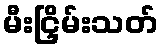
မီးငြှိမ်းသတ်